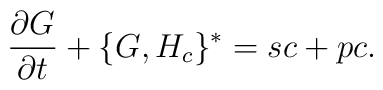
{\partial G\over\partial t} + \{G,H_c\}^* = sc + pc.